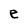
Character: e